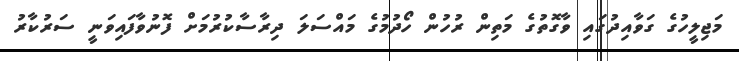
މަޖިލީހުގެ ގަވާއިދުގައި ވާގޮތުގެ މަތިން ރުހުން ހޯދުމުގެ މައްސަލަ ދިރާސާކުރުމަށް ފޮނުވާފައިވަނީ ސަރުކާރު